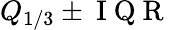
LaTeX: Q_{1/3}\pm\mathrm{~I~Q~R~}